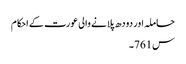
حاملہ اور دودھ پلانے والی عورت کے احکام
س761۔